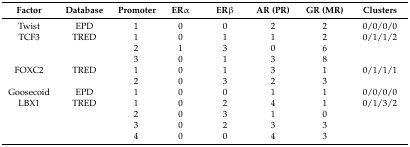
| Factor | Database | Promoter | ERα | ERβ | AR (PR) | GR (MR) | Clusters |
 | --- | --- | --- | --- | --- | --- | --- | --- |
 | Twist | EPD | 1 | 0 | 0 | 2 | 2 | 0/0/0/0 |
 | TCF3 | TRED | 1 | 0 | 1 | 1 | 2 | 0/1/1/2 |
 |  |  | 2 | 1 | 3 | 0 | 6 |  |
 |  |  | 3 | 0 | 1 | 3 | 8 |  |
 | FOXC2 | TRED | 1 | 0 | 1 | 3 | 1 | 0/1/1/1 |
 |  |  | 2 | 0 | 3 | 2 | 3 |  |
 | Goosecoid | EPD | 1 | 0 | 0 | 1 | 1 | 0/0/0/0 |
 | LBX1 | TRED | 1 | 0 | 2 | 4 | 1 | 0/1/3/2 |
 |  |  | 2 | 0 | 3 | 1 | 0 |  |
 |  |  | 3 | 0 | 2 | 3 | 3 |  |
 |  |  | 4 | 0 | 0 | 4 | 3 |  |